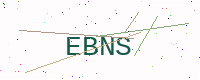
Text: EBNS